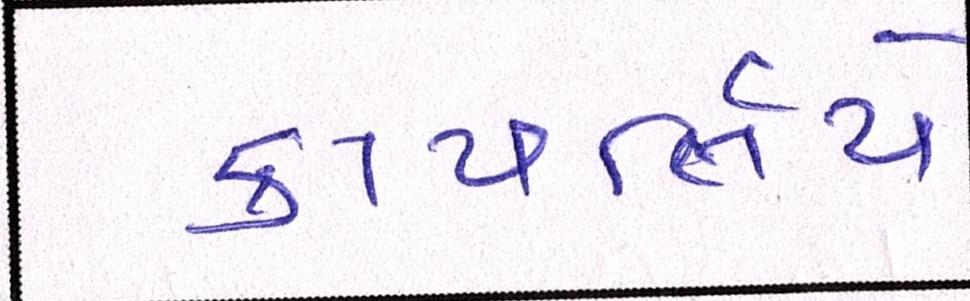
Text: કાયર્લિયે